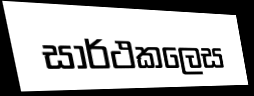
සාර්ථකලෙස